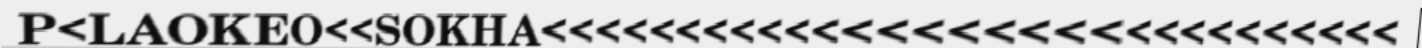
P<LAOKEO<<SOKHA<<<<<<<<<<<<<<<<<<<<<<<<<<<<<